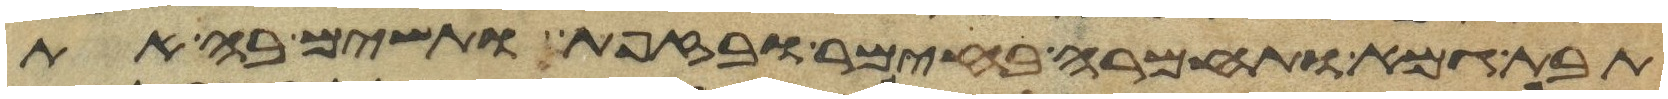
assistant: תבת גמא ותחמרה בחימר ובזפת ותשם בה את